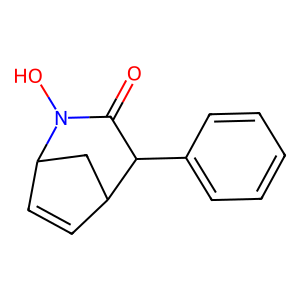
SMILES: O=C1C(c2ccccc2)C2C=CC(C2)N1O
Inhibits HIV replication: No